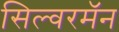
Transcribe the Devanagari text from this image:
सिल्वरमॅन